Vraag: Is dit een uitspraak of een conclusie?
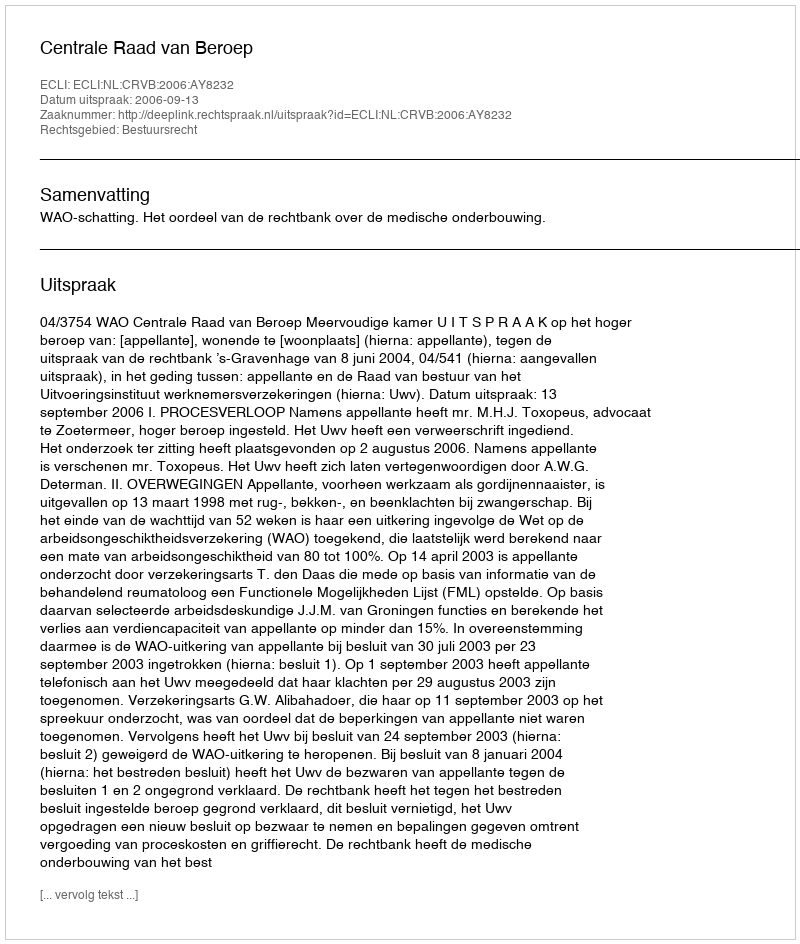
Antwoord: Uitspraak